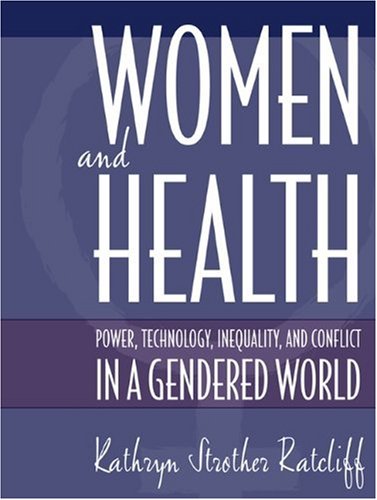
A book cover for Women and Health: Power, Technology, Inequality and Conflict in a Gendered World; Kathryn Strother Ratcliff; Health, Fitness & Dieting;